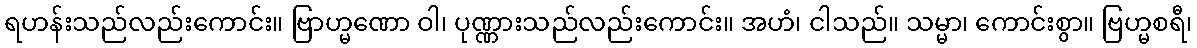
ရဟန်းသည်လည်းကောင်း။ ဗြာဟ္မဏော ဝါ၊ ပုဏ္ဏားသည်လည်းကောင်း။ အဟံ၊ ငါသည်။ သမ္မာ၊ ကောင်းစွာ။ ဗြဟ္မစရီ၊